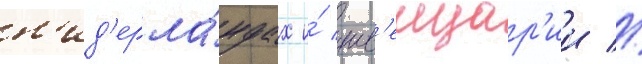
н'ид'ерла́ндах и́ шв'еицар'ии //